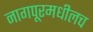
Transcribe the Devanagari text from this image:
नागपूरमधीलच